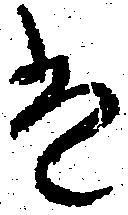
は